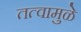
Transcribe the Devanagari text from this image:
तत्वामुळे